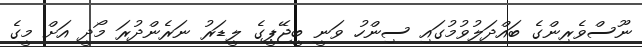
ނޫސްވެރިންގެ ބައްދަލުވުމުގައި ސިންހު ވަނީ ބީޖޭޕީގެ ލީޑަރު ނަރެންދުރަ މޯދީ އަށް މީގެ